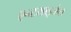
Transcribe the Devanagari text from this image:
एन्टरप्रइजेस